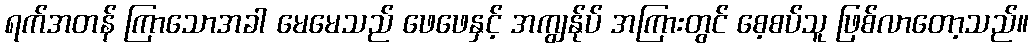
ရက်အတန် ကြာသောအခါ မေမေသည် ဖေဖေနှင့် အကျွန်ုပ် အကြားတွင် စေ့စပ်သူ ဖြစ်လာတော့သည်။